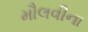
મૌલવીના